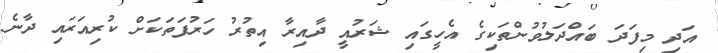
އަދި މިފަދަ ބައްދަލުވުންތަކިގެ އެހީގައި ޝަރުއީ ދާއިރާ އިތުރު ހަރުފަތަކަށް ކުރިއަރައި ދާނެ